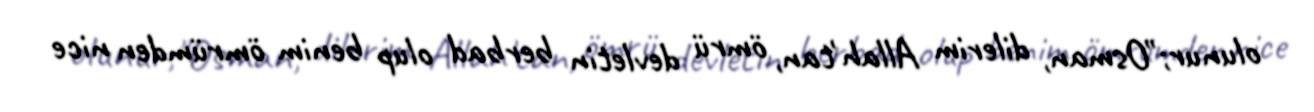
olunur;"Osman, dilerim Allah'tan, ömrü devletin berbad olup benim ömrümden nice